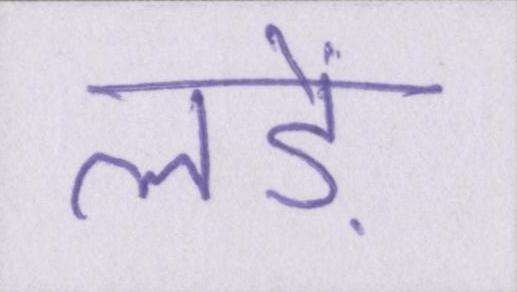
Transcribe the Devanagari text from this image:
लड़ें